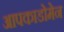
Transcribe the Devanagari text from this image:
आपकाडोमेन